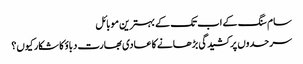
سام سنگ کے اب تک کے بہترین موبائل
سرحدوں پر کشیدگی بڑھانے کا عادی بھارت دباؤ کا شکار کیوں؟